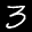
Label: 3